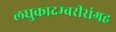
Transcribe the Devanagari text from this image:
लघुकादम्बरीसंग्रह